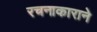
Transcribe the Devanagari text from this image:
रचनाकाराने